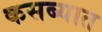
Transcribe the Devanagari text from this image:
कसब्यात